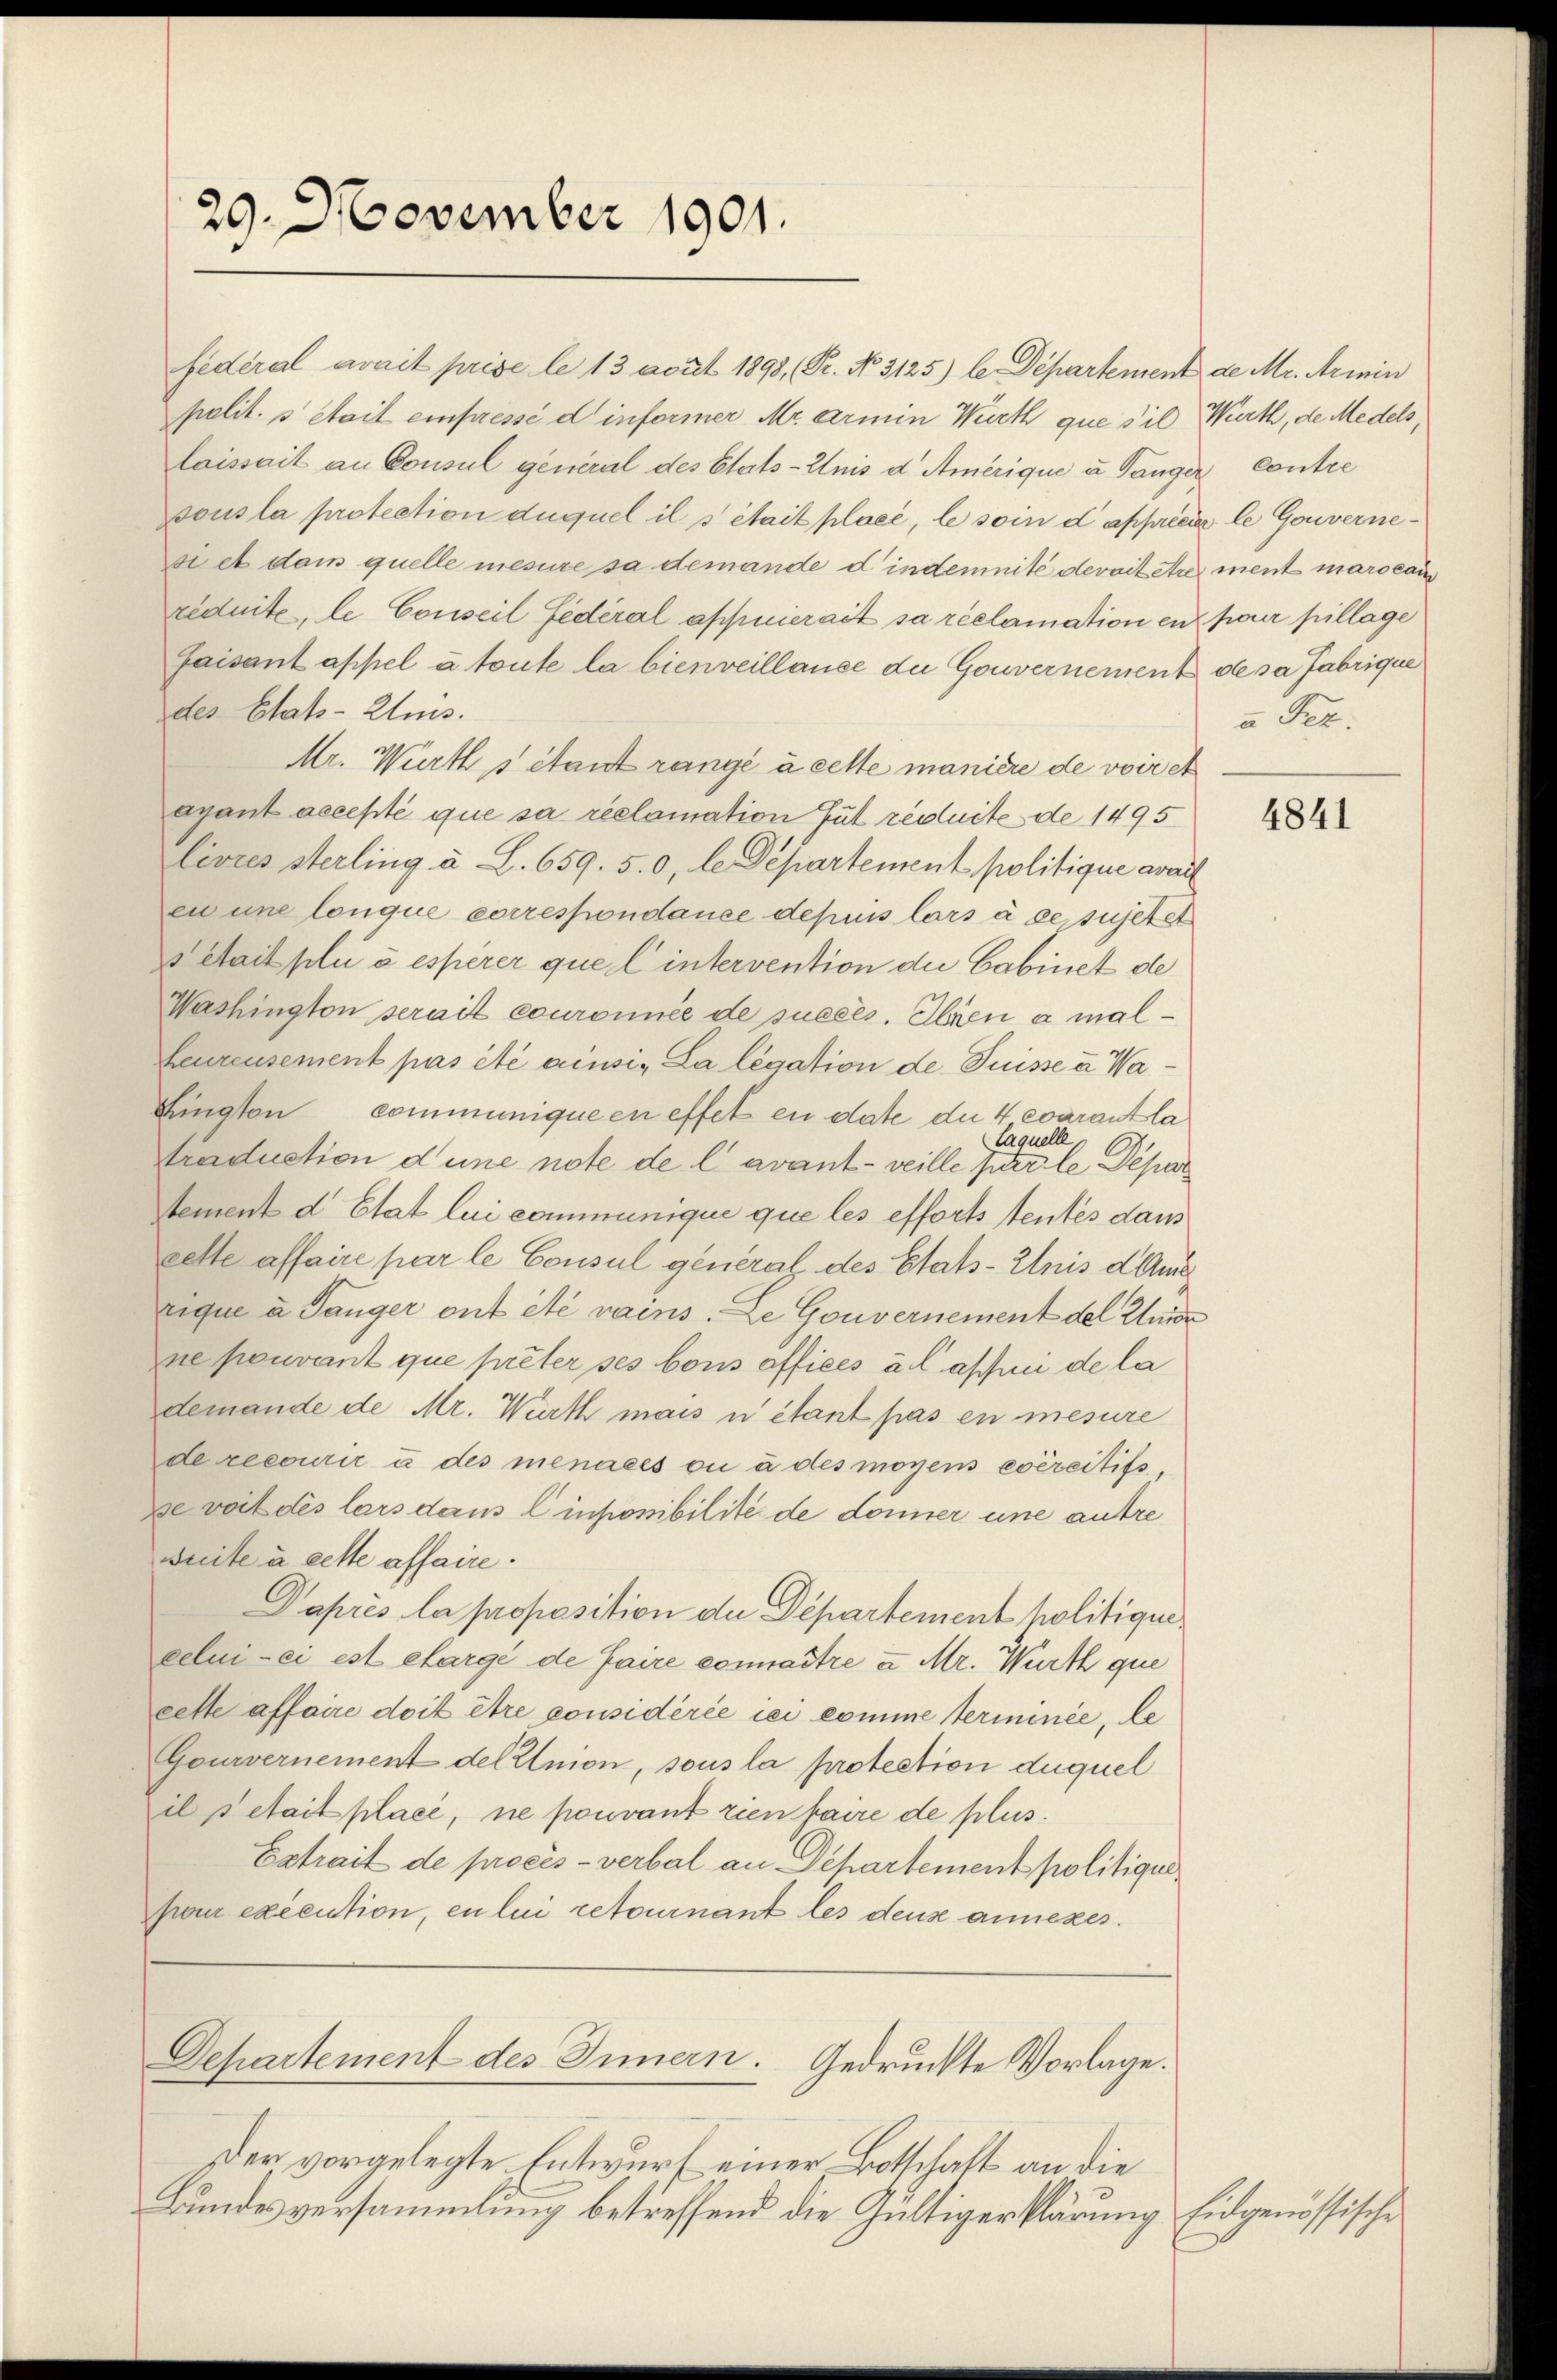
29. November 1901.

federal avait prise le 13 avut 1893, (Pr. No 3125) le Departement de Mr. Armin
polit. 5 Mail einpressé d informer Mr. ermin Wirth que s’il Wirth, de Medels,
laissait an Consul general des Etats-Anis d. Amerique u. Gänger Contre
sous la protection duquel il s était placé, le soin d appréciale Gouvernesi et dem quelle mesure sa demande d indemnité devait rement marocan
riduite, le Conseil Federal aphierait sa réclamation en pour pillage
faisant appel à toute la bienveillance du Gouvernement de sa fabrique
des Etats-Zus.
Mr. Wirth s était rangé à cette manière de voir et
ayant accepté que sa réclamation Gut réduite de 1495
livres sterling u. L. 659. 50, le Departement politique avait
en une lonque correspondance depuis lors à ce sujetet
 était plu à espèrer quel intervention die Cabinet de
Washington serait couronnée de succés. Ilsen a mal¬
Leureusement pas été ainsi, La legation de Puisse à Wa¬
Fngton communique en effet en date die 4 coarantla
laquelle
traduction d’une note de l avant - veille par le Depar
tement d Etat lui communique que les efforts tentes dans
cette affaire par le Consul general des Etats-Enis d Ausrique à Sänger ont été vains. Le Gouvernement des Klein
ne pouvant que prêter ses bons offices all assii de la
demande de Mr. Werth mais u étant pas en mesure
de recourir u des menacés ou à des moyens exercitifs
xe voit des lars dans linponibilité de donner eine autre
weite à cette affaire.
Daprès la proposition de Departement politiquicelui-ci est chargé de faire connaître u. Mr. Wirth que
cette affaire doit être considérée iei comme terminée, le
Gouvernement des Union, sous la protection duquel
il setait placé, ne pouvant rien faire de plus.
Getrait de procès-verbal an Departement politique
par exécution, en lui retournant les deuse annexes.
Departement des Innern. Gedruckte Vorlage.
Der vorgelegte Entwurf einer Botschaft an die
Bundesversammlung betreffend die Gültigerklärung Eidgenössische

a Pec.

4841